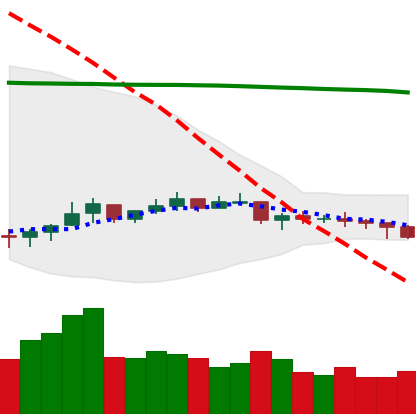
Ticker: NEO-USD
Chart end date: 2021-07-15
Forward return: -17.32%
Label: down_7plus